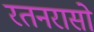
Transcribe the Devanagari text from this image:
रतनरासो